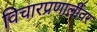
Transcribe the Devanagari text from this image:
विचारप्रणालींवर